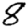
Digit: 8